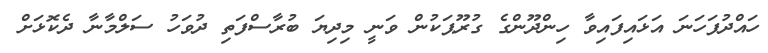
ހައްދުފަހަނަ އަޅައިފައިވާ ހިންދޫންގެ ގުރޫޕަކުން ވަނީ މިދިޔަ ބުރާސްފަތި ދުވަހު ސަލްމާނާ ދެކޮޅަށް